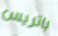
باتريس